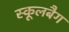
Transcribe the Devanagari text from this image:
स्कूलबैग